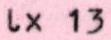
lx13